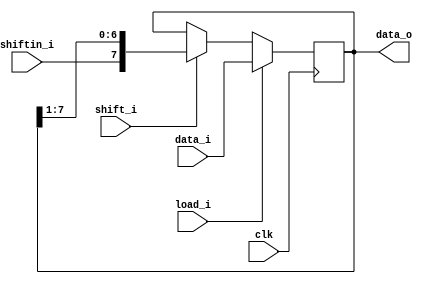
`timescale 1ns / 1ps
//////////////////////////////////////////////////////////////////////////////////
// Company: 
// Engineer: 
// 
// Design Name: 
// Module Name: shift_reg
// Project Name: 
// Target Devices: 
// Tool Versions: 
// Description: 
// 
// Dependencies: 
// 
// Revision:
// Revision 0.01 - File Created
// Additional Comments:
// 
//////////////////////////////////////////////////////////////////////////////////


module shift_reg
#(parameter N = 8)
( 
input clk,
input shift_i,
input load_i,
input [N-1:0] data_i,
input shiftin_i,
output [N-1:0] data_o
);

reg [N-1:0] reg_o = 0;

always @(posedge clk) begin    
    if (load_i)
        reg_o <= data_i;
        
    else if (shift_i) 
        reg_o <= {shiftin_i, reg_o[N-1:1]};
        
    else 
		reg_o <= reg_o;
		
end
assign data_o = reg_o;
endmodule